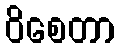
ဝိစေတာ